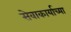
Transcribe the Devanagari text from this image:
सेवाकार्याच्या